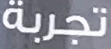
تجربة